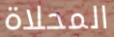
المحلاة